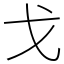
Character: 戈